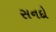
સનદો